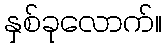
နှစ်ခုလောက်။